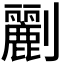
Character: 𠠫